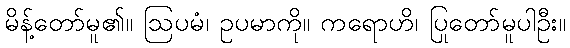
မိန့်တော်မူ၏။ ဩပမံ၊ ဥပမာကို။ ကရောဟိ၊ ပြုတော်မူပါဦး။